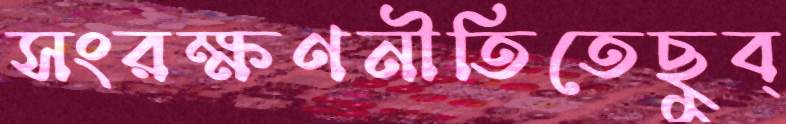
সংরক্ষণনীতিতেছুব্‌